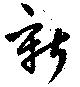
新